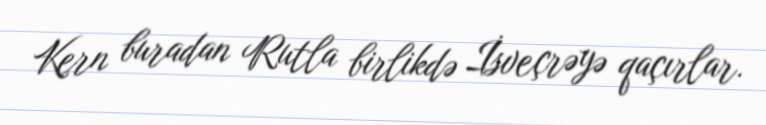
Kern buradan Rutla birlikdə İsveçrəyə qaçırlar.